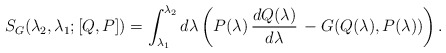
\begin{align*}S_G(\lambda_2,\lambda_1;[Q, P]) =\int_{\lambda_1}^{\lambda_2}d\lambda\left (P(\lambda)\,{dQ(\lambda)\over d\lambda}\,- G(Q(\lambda), P(\lambda))\right ).\end{align*}